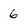
Character: 6